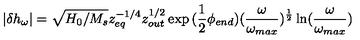
| \delta { h _ { \omega } } | = \sqrt { H _ { 0 } / M _ { s } } z _ { e q } ^ { - 1 / 4 } z _ { o u t } ^ { 1 / 2 } \exp { ( \frac { 1 } { 2 } \phi _ { e n d } ) } ( { \frac { \omega } { \omega _ { m a x } } } ) ^ { \frac { 1 } { 2 } } \ln ( { \frac { \omega } { \omega _ { m a x } } } )